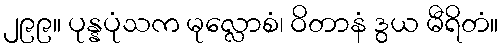
၂၉၉။ ပုန္နပုံသက မုလ္လောစံ၊ ဝိတာနံ ဒွယ မီရိတံ။